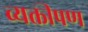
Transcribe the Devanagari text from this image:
व्यक्तीपण